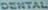
DENTAL